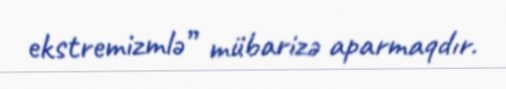
ekstremizmlə” mübarizə aparmaqdır.